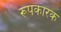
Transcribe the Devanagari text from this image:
रूपकारक